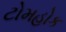
ટોમહોક